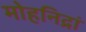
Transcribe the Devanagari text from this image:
मोहनिद्रां